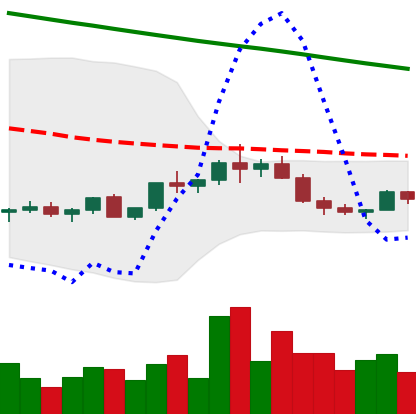
Ticker: ADA-USD
Chart end date: 2022-02-16
Forward return: -20.899%
Label: down_7plus